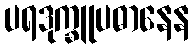
ပရဒုက္ခူပဓာနေန